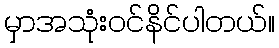
မှာအသုံးဝင်နိင်ပါတယ်။